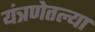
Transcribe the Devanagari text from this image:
यंत्रणेतल्या